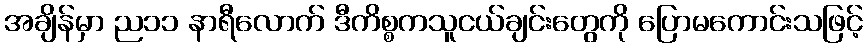
အချိန်မှာ ည၁၁ နာရီလောက် ဒီကိစ္စကသူငယ်ချင်းတွေကို ပြောမကောင်းသဖြင့်